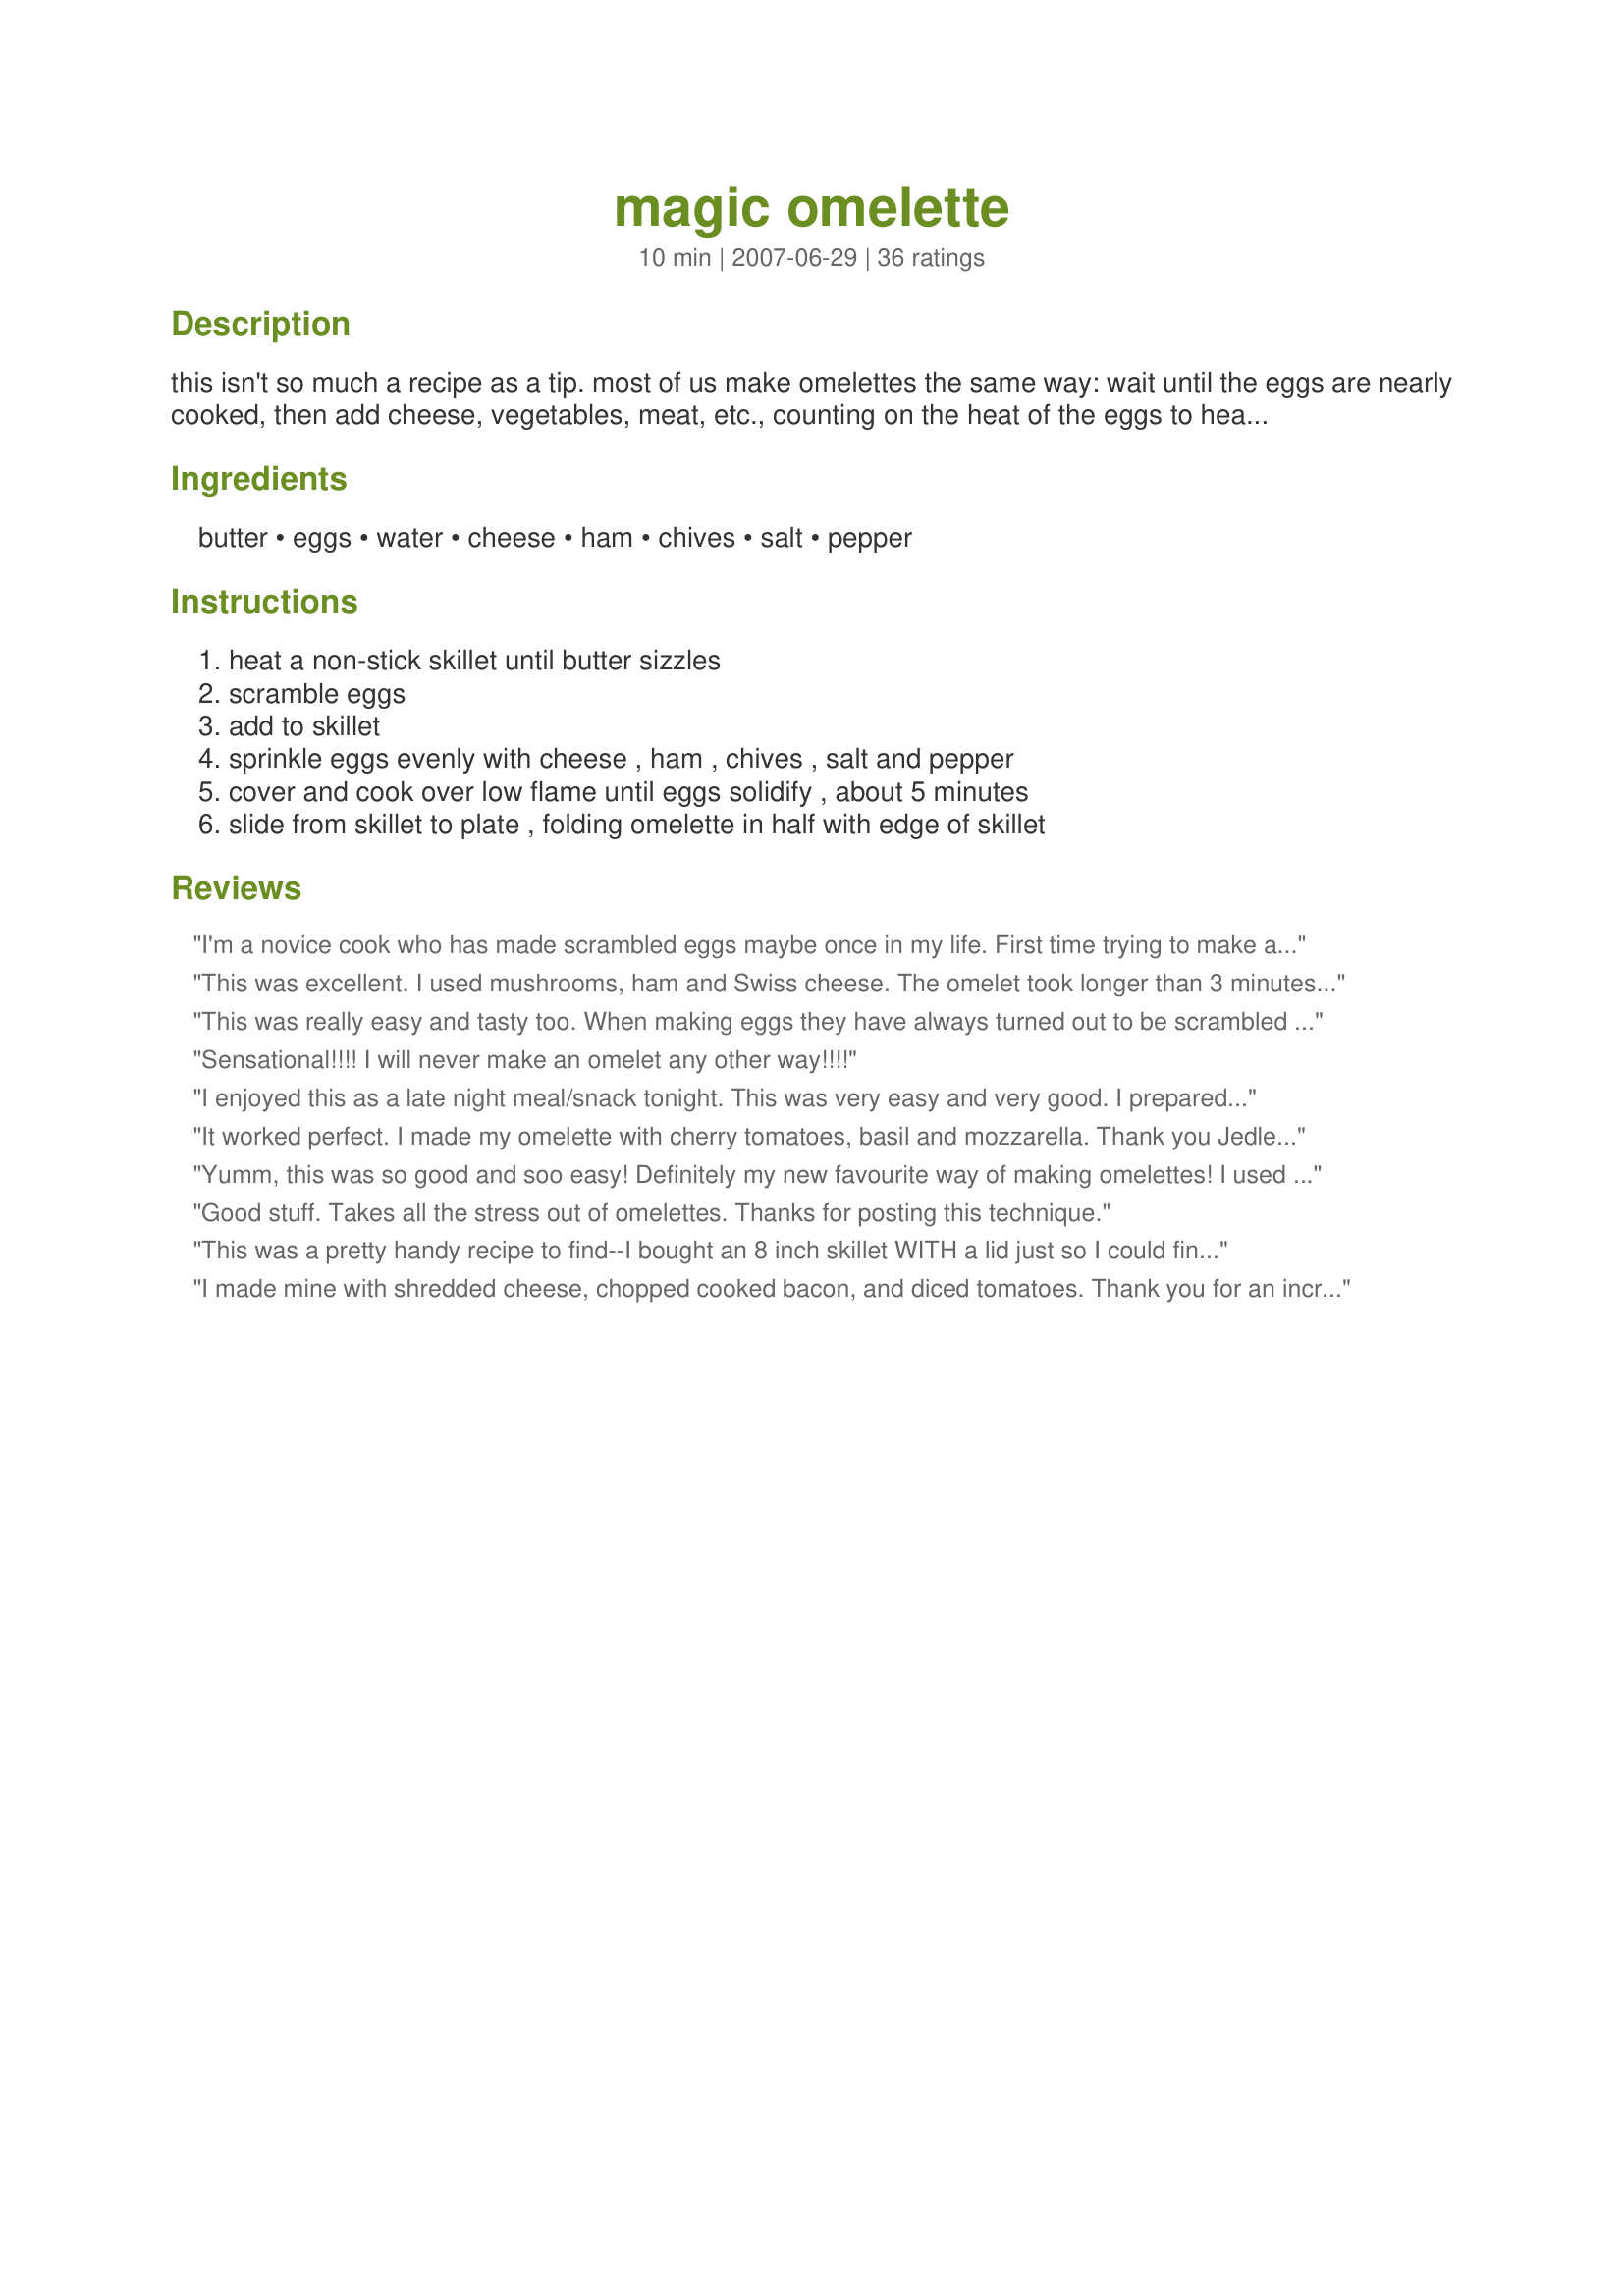
magic omelette
Preparation time: 10 minutes

this isn't so much a recipe as a tip. most of us make omelettes the same way: wait until the eggs are nearly cooked, then add cheese, vegetables, meat, etc., counting on the heat of the eggs to heat them, and in doing so unnecessarily overcooking the eggs. if, instead, you cover your egg pan with a pot lid, you can add the omelette filling from the outset and it cooks with the eggs, so your omelette's already done at the point where you'd normally add the filling. and get this - you never have to touch a utensil! try it and i bet you'll never cook an omelette without a lid again.

Ingredients:
butter, eggs, water, cheese, ham, chives, salt, pepper

Steps:
heat a non-stick skillet until butter sizzles, scramble eggs, add to skillet, sprinkle eggs evenly with cheese , ham , chives , salt and pepper, cover and cook over low flame until eggs solidify , about 5 minutes, slide from skillet to plate , folding omelette in half with edge of skillet

Reviews:
I'm a novice cook who has made scrambled eggs maybe once in my life. First time trying to make an omelette was a success!! Next time I will add a little more butter (because it stuck just a little bit) & scramble my eggs more (had white pockets pop up). This method cooked my red peppers just enough so that they weren't cold & hard or soft & mushy. Thanks!<br/>Update: This is the only way I make eggs now, it is so easy. I throw two eggs and filling in the pan and can let it cook itself while I finish preparing the rest of my breakfast. I am so glad I found this recipe!
This was excellent. I used mushrooms, ham and Swiss cheese. The omelet took longer than 3 minutes, more like 6 minutes, but I think that was because the lid I used was not tight-fitting, and because I had a lot of "stuff" in it. But the texture of the eggs was perfect, and I am definitely keeping this recipe. Thank you!
This was really easy and tasty too. When making eggs they have always turned out to be scrambled whether I wanted them that way or not! So liking these but never being able to flip and come out was really annoying to me. Mine took a bit longer to make because my lid did not fit either. I made mine with bacon, mushrooms, and cheese. I fried my bacon and sauteed my mushrooms in the bacon grease and just used that to cook the eggs in and did everything else suggested other than I just dumped some milk in and I added salt and pepper to my egg mix. Try it if you have issues with flipping eggs too! :)
Sensational!!!! I will never make an omelet any other way!!!!
I enjoyed this as a late night meal/snack tonight. This was very easy and very good. I prepared the eggs as directed while I let the butter melt in the small saute' skillet. Added the eggs, topped with thin sliced sharp cheddar and took out a couple pieces of cooked bacon from the freezer (recipe#367843) to add. Cooked a total of 6 minutes with lid on with electric burner on 3. After 5 minutes the eggs looked too wet in the middle for me. The omelet slid beautifully out of the pan and I flipped the last part of the omelet over on itself for the finished product. Thank you Jedley for posting you'r tip/recipe. I will be making this many times in the future
It worked perfect. I made my omelette with cherry tomatoes, basil and mozzarella. Thank you Jedley for the great tip.
Yumm, this was so good and soo easy! Definitely my new favourite way of making omelettes! I used cheddar cheese and leftover chicken and squash. I'm so full yet I'm already craving another. Thanks!
Good stuff. Takes all the stress out of omelettes. Thanks for posting this technique.
This was a pretty handy recipe to find--I bought an 8 inch skillet WITH a lid just so I could finally make decent eggs for my husband. I can't "flip" an omelette & can't stand to clean up any more messes!! This worked well, but a few tips might help others--spray your pan really well & it make take a few tries to get the cooking time just right. Mine took almost 7 min--but I used 3 eggs (I actually used Eggbeaters; 3/4 cup). My husband really liked it, but asked that I flip it next time so that both sides have similar texture. The bottom is a kind of golden brown, but the top was a bit too soft for his liking. However, once the top is nice & firm from being covered while cooking, I imagine that giving it a gentle flip won't create egg splatter :-). Thank you!
I made mine with shredded cheese, chopped cooked bacon, and diced tomatoes. Thank you for an incredibly easy recipe! I have never made an omelette before because I wasn&#039;t sure of a good technique. This is no fail! I was skeptical that it wouldn&#039;t slide out of the pan and then fold in half easily, but it sure did. Thank you!
This worked quite well and I was very pleased with the results. It turned out much more attractive than my usual attempts at omelettes, which usually turn into scrambled eggs. The only snag I hit was needing to cook it longer because I tripled the recipe. The underside turned a bit browner than I would have liked, but it was still delicious. I added roasted onions, cauliflower and zucchini left over from the previous night's meal, avocado, feta cheese, and scallions.
Anyone who likes a good Omelette should definitely give this recipe a Try. It was Fantastic!!! I never thought that covering the pan with a lid would produce such a MAGNIFICENT OMELETTE! It was delicious, and looked like a picture out of a cookbook. THANK YOU Jedley for posting such a Wonderful Tip and Recipe. This one is a KEEPER!
LOVE it! This is the only way I make omelettes now! I like to put some salsa across the middle after cooking and roll up, Ihop style! Thanks for sharing!
Well, that was easy. I usually end up with a messy omelette, but not this time. I filled my omelette with bacon and monterey jack cheese. I probably cooked the omelette longer than 5 minutes, but didn't time it.
We made this for our Fathers Day breakfast. We used bacon, cheese, mushrooms, red pepper and onions. They were wonderful. Thank you for sharing your recipe. Its a keeper.
I hated making omelettes until I found this method. It works great. I do have to be careful and check the eggs to make sure they don't overcook, 5 minutes is a bit long depending on how many eggs I use. If I saute bacon first, I wipe the pan out before I add the eggs as sometimes it colors the eggs. Thanks for the quick and easy tip!
Simply the best! Easy to make and no fuss at all! Absolutely recommended!
Perfect technique and versatile recipe. I made this based on Chef#394085's recommendation for Top Favorites of 2008 Game. I was trying to save time on dish washing so used a fork to scramble my eggs so my photo shows my laziness but it tasted great! Thanks Jedley for posting!
Awesome! Made me seem like the perfect omelette maker and I don't even eat or like eggs. Thanks for this!
thanks for the tip. I made mine with onions, cilantro, pepper jack cheese, and a dash of hot sauce. yum. I am going to try mrbob's spinach and mozerella.
Love this recipe. I cooked some bacon & sauteed some chopped vidalia onion that I had in the freezer. I also used mushrooms, sharp cheddar, and baking powder for fluffier eggs. Thank you for a great omelette recipe!
This was really yummy as well as foolproof! I changed the serving size to 3, but I still had to make more, as they were really fantastic and a couple of my family members wanted two apiece.

I used the idea of pre-sauteeing lots of fresh, sliced mushrooms and chopped onion in a slight coating of bacon grease in my skillet. So ours were bacon, cooked, chopped spinach, mushrooms, onion and lots of sharp cheddar cheese. I also added a couple of drops of tabasco to the eggs while whisking. I used an 8" non-stick pan to make them individually. They were effortless and very easy to slide out and fold over.

For some reason, I was craving sour cream and mild green verde salsa on the side and that was a nice companion for dipping.

I can't remember the exact time of cooking, but I just kept my eye on them over low heat, covered. Probably 4- 6 minutes.

This is definitely a make again! Thanks, Jedley. These were really wonderful.
Thank you so much for this recipe/tip. I can now have an omelette whenever I want and know it's going to turn out to be perfect. No more over-cooked eggs.
Super easy way to make an omelette and so tasty. First I sauteed some mushrooms, red pepper, celery, onion and set them aside. Then I put the eggs in the same pan, put on a generous bed of uncooked baby spinach and then put on the sauteed vegetables. Covered with a generous layer of shredded mozzarella cheese and cooked for about 3-4 minutes. Will definitely make many more times. The possibilities for the filling is limitless. Thanks so much Jedley.
This is how I've always done my omelettes too, they turn out perfect every time!
What an amazing idea. I put smoked salmon, feta and fresh basil in the omelette. Perfection! 5 min. with the lid on did it. Perhaps I will cover with a hollandise sauce when serving for company, or maybe not.
Thanks Jedley, this is the only way I make an omelet now. Looks so professionaL. I try different fillings and they always come out perfect.
perfect omelette!!! I had never successfully made an omelette..and your way turned out perfect! I used 1% milk, then topped with 2% mexican cheese, turkey bacon, lightly sauteed onions, a dashes of basil, parsely, garlic, salt and pepper. Thanks!!
Perfection. Even better, easy perfection. Thanks a million for sharing this technique.
I shall now make many more omelettes in the future. This technique made a perfect omelette. For the filling, I used some leftover spinach souffle, halved grape tomatoes, crispy prosciutto and shredded sharp cheddar. To die for.
Easy technique, excellent results.
Thanks to the recipe-providers tip, and a tip from another reviewer, I just finished eating a fabulous omelette. I beat together 2 eggs, mixing in some cream and Herbes de Provence, along with a pinch of baking soda for fluffiness, poured the mix into a small pan of melted butter and topped with cheese and bunch of arugula. I covered the pan and cooked for ~8 minutes, and out came a light, fluffy omelette with a slightly crisped bottom. YUM.
I have to admit, at first I was skeptical. I have tried for years (unsuccesfully) to make omelettes. However, I love them so much and I continue trying. This morning, I looked on Zaar to try to get assistance. After reading Magic Omelette, I figured it was worth a try. I thought however my eggs would not be cooked. I was wrong! They were done and this was the best omelette I have ever made. I cannot wait to experience with different things. Thanks Jedley
This rocks, I'm going to do this, and so appreciate the tip,,,saves on all that fiddling. Five stars, best in show, etc.
Very good. I made this for my son this morning. It was nice that I didn't have to stand over the pan watching it. I got my lunch ready for work while this cooked. I just made a plain omelette then added a slice of cheese to it when it was done. My son said it was good. Great method!
Thank you! This is the first time I've ever been able to make an omelette that didn't turn into scrambled eggs. ;) It came out absolutely perfect, even though I used three eggs and loaded it with veggies and cheese. I can't wait to make another one!
